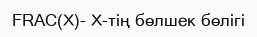
FRAC(X)- Х-тің бөлшек бөлігі